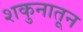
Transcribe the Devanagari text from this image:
शकुनातून